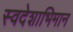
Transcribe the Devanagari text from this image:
स्वदेशाभिमान